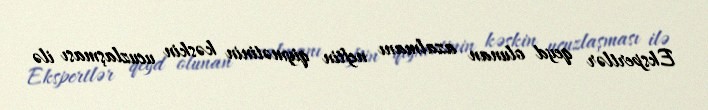
Ekspertlər qeyd olunan azalmanı neftin qiymətinin kəskin ucuzlaşması ilə